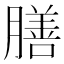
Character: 膳